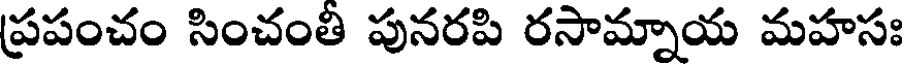
ప్రపంచం సించంతి పునరపి రసామ్నాయ మహసః